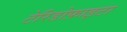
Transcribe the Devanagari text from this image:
टेरिडोफ़ाइटा